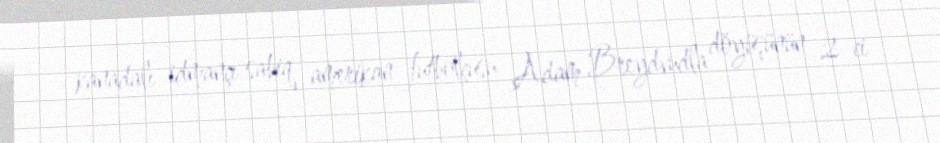
kanadalı idmançı sabiq amerikan futbolçusu Adam Breydvudla döyüşünün 2-ci